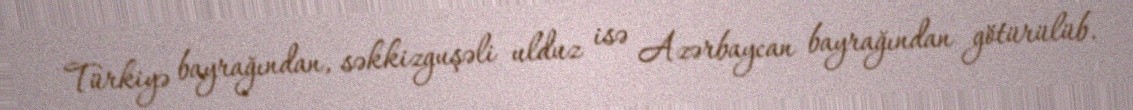
Türkiyə bayrağından, səkkizguşəli ulduz isə Azərbaycan bayrağından götürülüb.